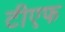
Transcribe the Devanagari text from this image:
टीएफ